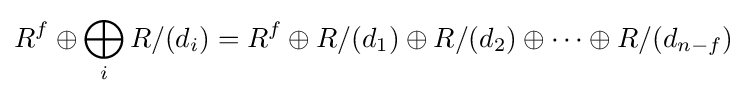
R^{f}\oplus \bigoplus _{i}R/(d_{i})=R^{f}\oplus R/(d_{1})\oplus R/(d_{2})\oplus \cdots \oplus R/(d_{n-f})\;